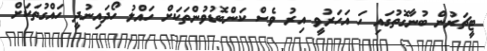
ޓީޗަރުން ބުނާގޮތުގައި ހަ އަހަރުވީ އިރު ވެސް ކަންބޮޑުވުންތަކަށް ހައްލު ހޯދައިނުދީ ހައްގުތަކަށް